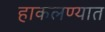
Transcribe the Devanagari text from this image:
हाकलण्यात